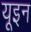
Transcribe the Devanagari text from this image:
यूइन